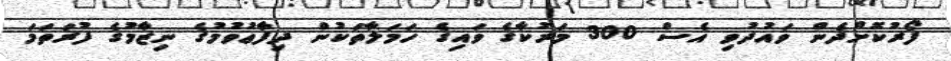
ފޯރުކޮށްދެން ވައުދުވި އެސް 300 މަރުކާގެ ވައިގެ ހަމަލާތަކުން ދިފާޢުވުމުގެ ނިޒާމުގެ ފުރަތަމަ